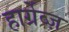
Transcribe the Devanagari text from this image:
हार्ग्रेव्ज़